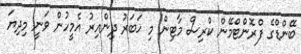
ބޭންޑްގެ ފްރޮންޓްމޭން ކްރިސް މާޓިން މި ޚަބަރު ދިންއިރު އެމީހުން ވަނީ މިދިޔަ